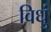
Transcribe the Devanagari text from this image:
विधुं